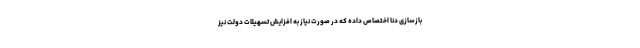
بازسازی دنا اختصاص داده که در صورت نیاز به افزایش تسهیلات دولت نیز